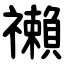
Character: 䄤